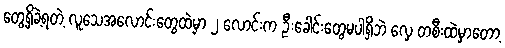
တွေ့ရှိခဲ့ရတဲ့ လူသေအလောင်းတွေထဲမှာ ၂ လောင်းက ဦးခေါင်းတွေမပါရှိဘဲ လှေ တစီးထဲမှာတော့